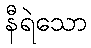
နီရဲသော